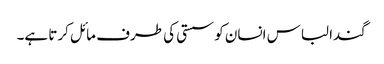
گندا لباس انسان کو سستی کی طرف مائل کرتا ہے۔